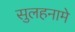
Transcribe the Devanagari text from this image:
सुलहनामे